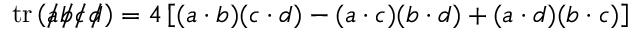
\operatorname { t r } \left( { a \! \! \! / } { b \! \! \! / } { c \! \! \! / } { d \! \! \! / } \right) = 4 \left[ ( a \cdot b ) ( c \cdot d ) - ( a \cdot c ) ( b \cdot d ) + ( a \cdot d ) ( b \cdot c ) \right]